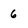
Character: 6